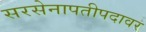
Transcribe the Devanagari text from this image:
सरसेनापतीपदावर